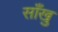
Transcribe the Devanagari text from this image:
साँखु